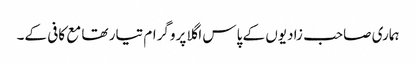
ہماری صاحب زادیوں کے پاس اگلا پروگرام تیار تھا مع کافی کے۔